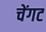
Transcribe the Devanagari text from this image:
चेंगट